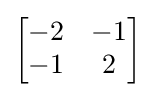
{\begin{bmatrix}-2&-1\\-1&2\end{bmatrix}}